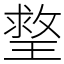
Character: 𤨣